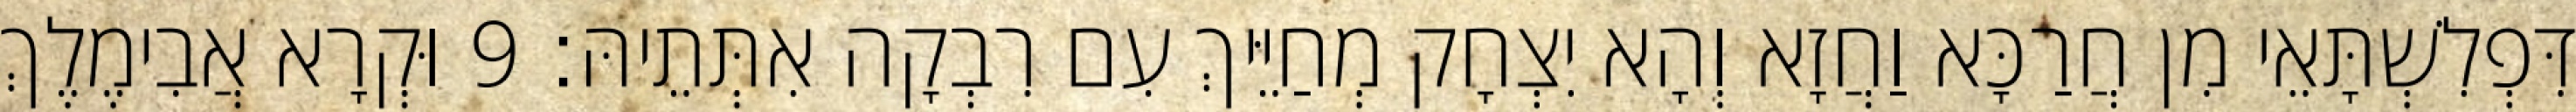
דִּפְלִשְׁתָּאֵי מִן חֲרַכָּא וַחֲזָא וְהָא יִצְחָק מְחַיֵּיךְ עִם רִבְקָה אִתְּתֵיהּ׃ 9 וּקְרָא אֲבִימֶלֶךְ